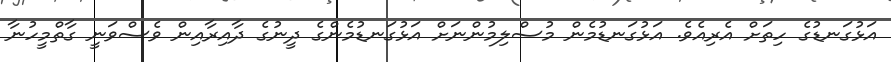
އަޅުގަނޑުގެ ހިތަށް އެރިއެވެ. އަޅުގަނޑުމެން މުސްލިމުންނަށް އަޅުގަނޑުމެންގެ ދީނުގެ ދާއިރާއިން ވެސްވަނީ ގާތްމީހުނާ